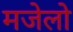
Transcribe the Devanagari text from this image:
मजेलो